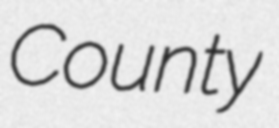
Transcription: County